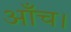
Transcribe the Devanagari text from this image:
आँच।